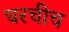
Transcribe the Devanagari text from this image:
घरचीच